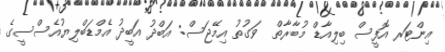
އިންޓަރ އޮފީސް ބިލިއާޑް މުބާރާތް  ވަގުތު އިމޭޖަސް: އަބްދު އަބީދު އެމްޑަބްލިޔުއެސްސީގެ